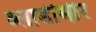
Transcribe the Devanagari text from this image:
ब्लाडीमीर